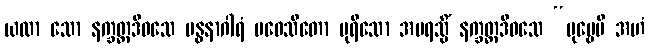
ယထာ သော နက္ခတ္တဒိဝသေ ဗန္ဓနာဂါရံ ပဝေသိတော ပုရိသော အပရသ္မိံ နက္ခတ္တဒိဝသေ “ပုဗ္ဗေပိ အဟံ